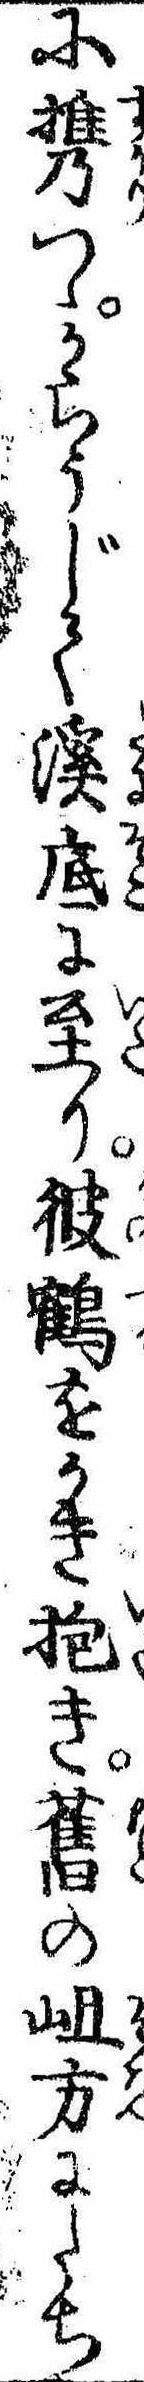
に携つゝからうじて渓底に至り彼鶴をかき抱き旧の岨方にたち